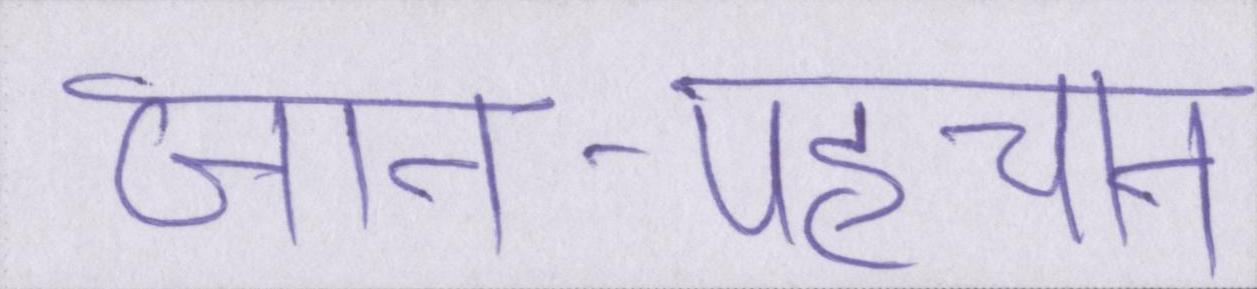
जान-पहचान